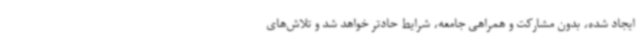
ایجاد شده، بدون مشارکت و همراهی جامعه، شرایط حادتر خواهد شد و تلاش‌های